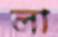
লা